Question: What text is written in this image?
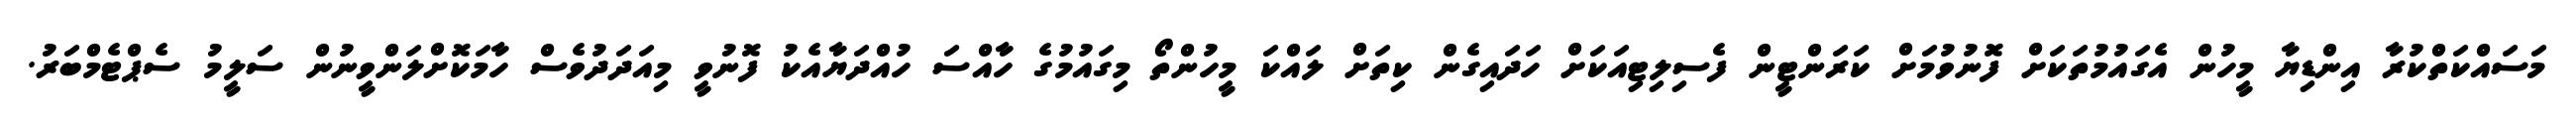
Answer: މަސައްކަތްކުރާ އިންޑިޔާ މީހުން އެގައުމުތަކަށް ފޮނުވުމަށް ކަރަންޓީން ފެސިލިޓިއަކަށް ހަދައިގެން ކިތަށް ލައްކަ މީހުންތޯ މިގައުމުގެ ހާއްސަ ހުއްދަޔާއެކު ފޮނުވީ މިއަދަދުވެސް ހާމަކޮށްލަންވީނުން ސަލީމު ސެޕްޓެމްބަރު.